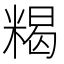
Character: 𥻉